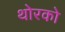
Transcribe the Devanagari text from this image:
थोरको